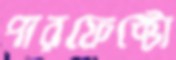
পারফেক্টো